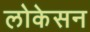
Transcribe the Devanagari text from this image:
लोकेसन